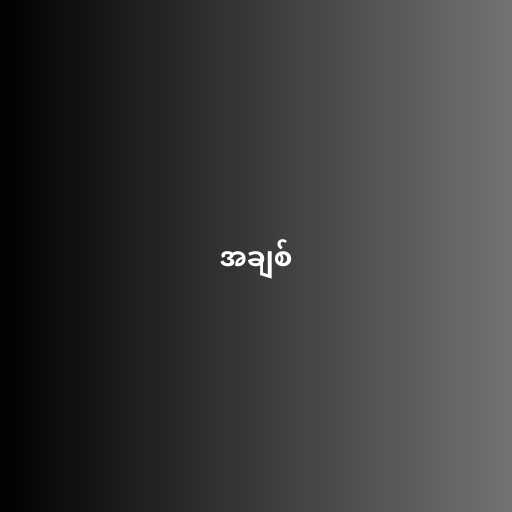
အချစ်